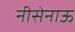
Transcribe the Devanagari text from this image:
नीसेनाऊ